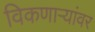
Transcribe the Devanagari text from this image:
विकणाऱ्यांवर